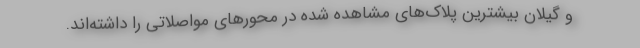
و گیلان بیشترین پلاک‌های مشاهده شده در محور‌های مواصلاتی را داشته‌اند.